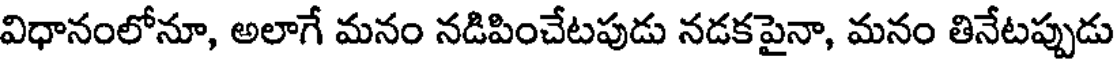
విధానంలోనూ, అలాగే మనం నడిపించేటపుడు నడకపైనా, మనం తినేటప్పుడు